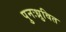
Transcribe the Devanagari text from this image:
पुनःध्रुवित